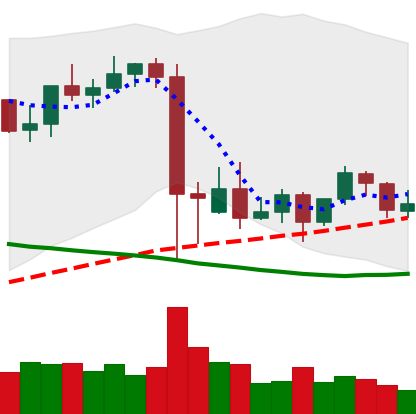
Ticker: BNB-USD
Chart end date: 2021-09-18
Forward return: -6.57%
Label: down_5_7